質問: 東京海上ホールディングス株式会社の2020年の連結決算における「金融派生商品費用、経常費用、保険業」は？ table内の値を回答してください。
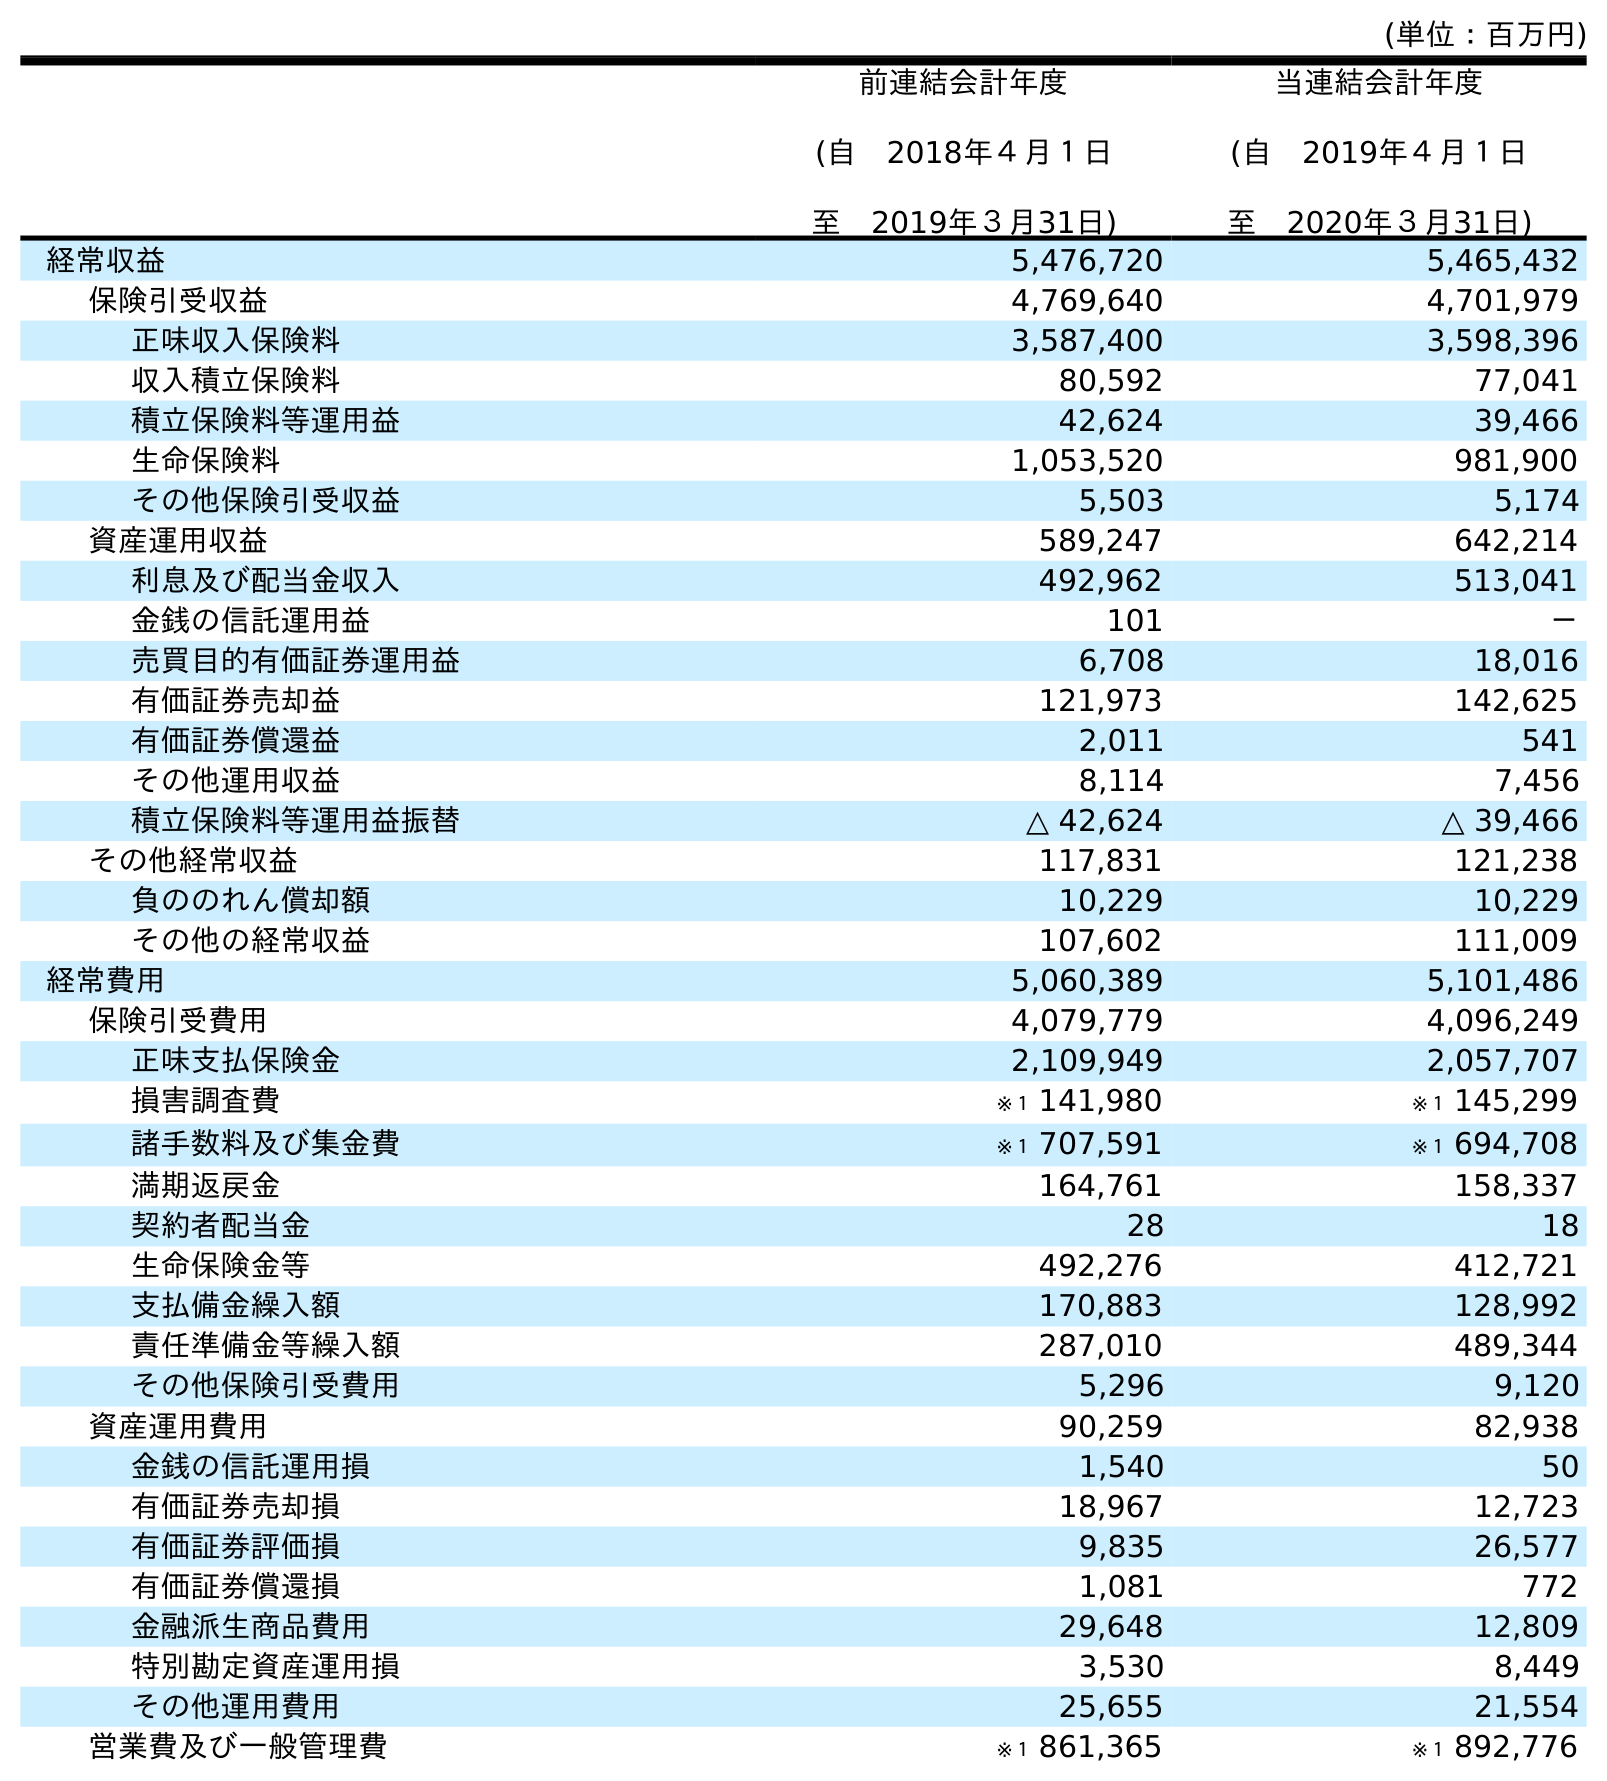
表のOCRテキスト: (単位：百万円) 前連結会計年度 (自 2018年４月１日 至 2019年３月31日) 当連結会計年度 (自 2019年４月１日 至 2020年３月31日) 経常収益 5,476,720 5,465,432 保険引受収益 4,769,640 4,701,979 正味収入保険料 3,587,400 3,598,396 収入積立保険料 80,592 77,041 積立保険料等運用益 42,624 39,466 生命保険料 1,053,520 981,900 その他保険引受収益 5,503 5,174 資産運用収益 589,247 642,214 利息及び配当金収入 492,962 513,041 金銭の信託運用益 101 － 売買目的有価証券運用益 6,708 18,016 有価証券売却益 121,973 142,625 有価証券償還益 2,011 541 その他運用収益 8,114 7,456 積立保険料等運用益振替 △ 42,624 △ 39,466 その他経常収益 117,831 121,238 負ののれん償却額 10,229 10,229 その他の経常収益 107,602 111,009 経常費用 5,060,389 5,101,486 保険引受費用 4,079,779 4,096,249 正味支払保険金 2,109,949 2,057,707 損害調査費 ※１ 141,980 ※１ 145,299 諸手数料及び集金費 ※１ 707,591 ※１ 694,708 満期返戻金 164,761 158,337 契約者配当金 28 18 生命保険金等 492,276 412,721 支払備金繰入額 170,883 128,992 責任準備金等繰入額 287,010 489,344 その他保険引受費用 5,296 9,120 資産運用費用 90,259 82,938 金銭の信託運用損 1,540 50 有価証券売却損 18,967 12,723 有価証券評価損 9,835 26,577 有価証券償還損 1,081 772 金融派生商品費用 29,648 12,809 特別勘定資産運用損 3,530 8,449 その他運用費用 25,655 21,554 営業費及び一般管理費 ※１ 861,365 ※１ 892,776
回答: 12,809